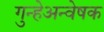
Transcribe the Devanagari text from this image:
गुन्हेअन्वेषक